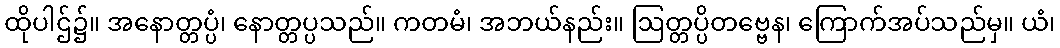
ထိုပါဌ်၌။ အနောတ္တပ္ပံ၊ နောတ္တပ္ပသည်။ ကတမံ၊ အဘယ်နည်း။ ဩတ္တပ္ပိတဗ္ဗေန၊ ကြောက်အပ်သည်မှ။ ယံ၊